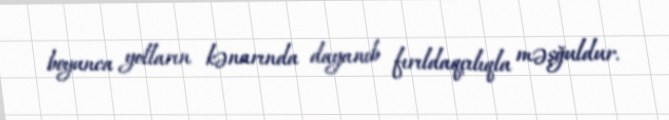
boyunca yolların kənarında dayanıb fırıldaqçılıqla məşğuldur.